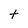
Character: t